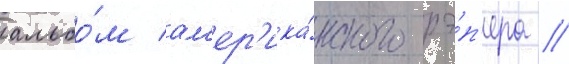
альбо́м ам'ер'ика́нского рэ́п'ера //